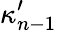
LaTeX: \kappa_{n-1}^{\prime}